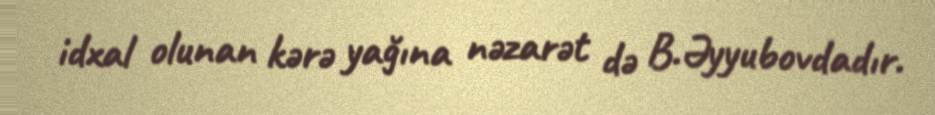
idxal olunan kərə yağına nəzarət də B.Əyyubovdadır.